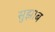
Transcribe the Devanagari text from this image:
सुझाब